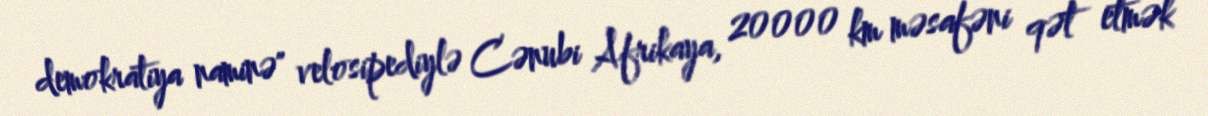
demokratiya naminə" velosipediylə Cənubi Afrikaya, 20000 km məsafəni qət etmək